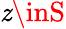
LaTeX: \mathit{z}\inS